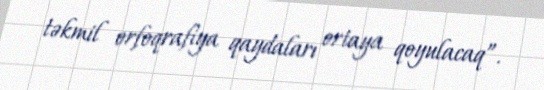
təkmil orfoqrafiya qaydaları ortaya qoyulacaq”.